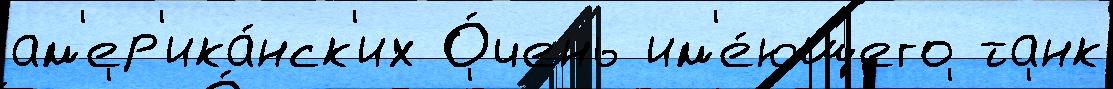
ам'ер'ика́нск'их О́чень им'е́ющего танк